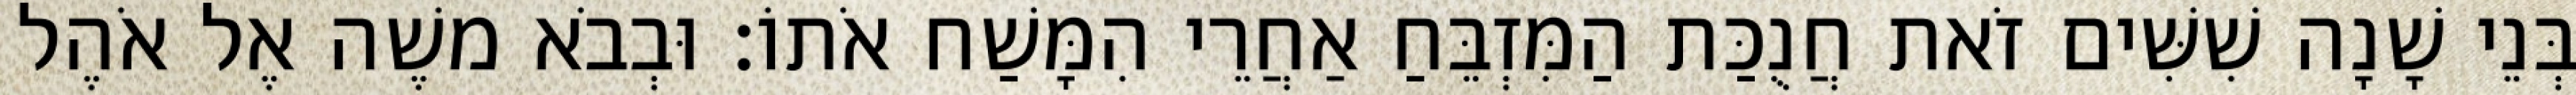
בְּנֵי שָׁנָה שִׁשִּׁים זֹאת חֲנֻכַּת הַמִּזְבֵּחַ אַחֲרֵי הִמָּשַׁח אֹתוֹ׃ וּבְבֹא משֶׁה אֶל אֹהֶל